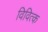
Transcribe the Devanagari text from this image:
विवित्क